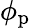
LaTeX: \phi_{\mathrm{p}}